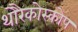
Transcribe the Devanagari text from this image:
थोरैकोस्कोप